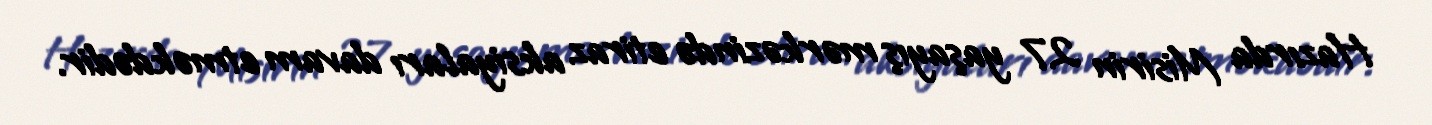
Hazırda Misirin 27 yaşayış mərkəzində etiraz aksiyaları davam etməkdədir.